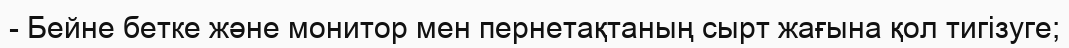
- Бейне бетке және монитор мен пернетақтаның сырт жағына қол тигізуге;